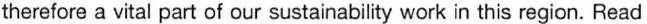
therefore a vital part of our sustainability work in this region. Read